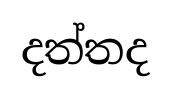
දත්තද